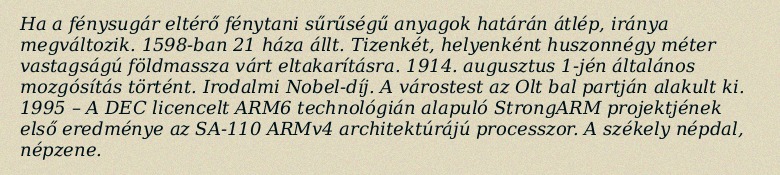
Ha a fénysugár eltérő fénytani sűrűségű anyagok határán átlép, iránya megváltozik. 1598-ban 21 háza állt. Tizenkét, helyenként huszonnégy méter vastagságú földmassza várt eltakarításra. 1914. augusztus 1-jén általános mozgósítás történt. Irodalmi Nobel-díj. A várostest az Olt bal partján alakult ki. 1995 – A DEC licencelt ARM6 technológián alapuló StrongARM projektjének első eredménye az SA-110 ARMv4 architektúrájú processzor. A székely népdal, népzene.